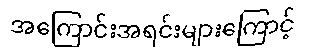
အကြောင်းအရင်းများကြောင့်